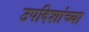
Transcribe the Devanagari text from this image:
उपदिशांच्या